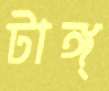
টাঙ্গ্